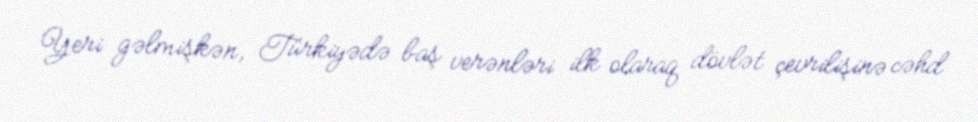
Yeri gəlmişkən, Türkiyədə baş verənləri ilk olaraq dövlət çevrilişinə cəhd